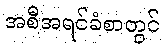
အစီအရင်ခံစာတွင်